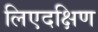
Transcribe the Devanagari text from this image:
लिएदक्षिण